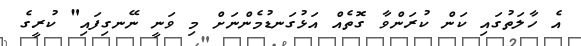
އެ ހާލަތުގައި ކަން ކުރަންވާ ގޮތެއް އަޅުގަނޑުމެންނަށް މި ވަނީ ނޭނގިފައި" ކުރީގެ